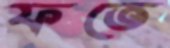
ফতে